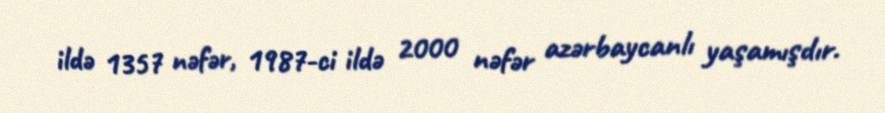
ildə 1357 nəfər, 1987-ci ildə 2000 nəfər azərbaycanlı yaşamışdır.